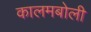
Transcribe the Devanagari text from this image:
कालमबोली